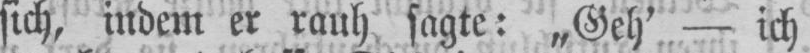
sich, indem er rauh sagte: „Geh’ - ich